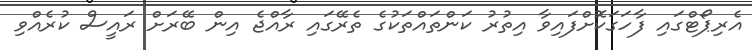
އެރިޕޯޓްގައި ފާހަގަކޮށްފައިވާ އިތުރު ކަންތައްތަކުގެ ތެރޭގައި ރާއްޖެ އިން ބޭރަށް ރައީސް ކުރެއްވި